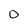
Character: 0